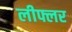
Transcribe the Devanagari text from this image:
लीफ्लर